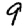
Digit: 9